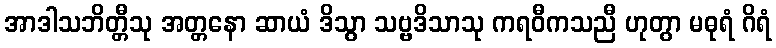
အာဒါသဘိတ္တီသု အတ္တနော ဆာယံ ဒိသွာ သဗ္ဗဒိသာသု ကရဝီကသညီ ဟုတွာ မဓုရံ ဂိရံ